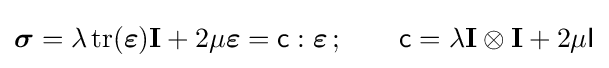
{\boldsymbol {\sigma }}=\lambda \operatorname {tr} ({\boldsymbol {\varepsilon }})\mathbf {I} +2\mu {\boldsymbol {\varepsilon }}={\mathsf {c}}:{\boldsymbol {\varepsilon }}\,;\qquad {\mathsf {c}}=\lambda \mathbf {I} \otimes \mathbf {I} +2\mu {\mathsf {I}}